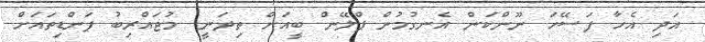
އަދި އެހާ ފަސޭހަ ނޫންކަން އެނގުމުން ޕްލޭން ބީއަށް ތިދަނީ. މުޖައްރިބު ފަންޑިތައަށް